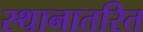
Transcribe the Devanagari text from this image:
स्थानातरित